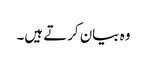
وہ بیان کرتے ہیں۔